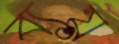
ব্যয়